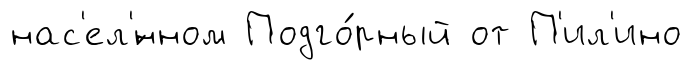
нас'ел'́нном Подго́рный от П'ил'ино